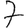
Digit: 7